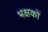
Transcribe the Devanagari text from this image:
भक्षकों